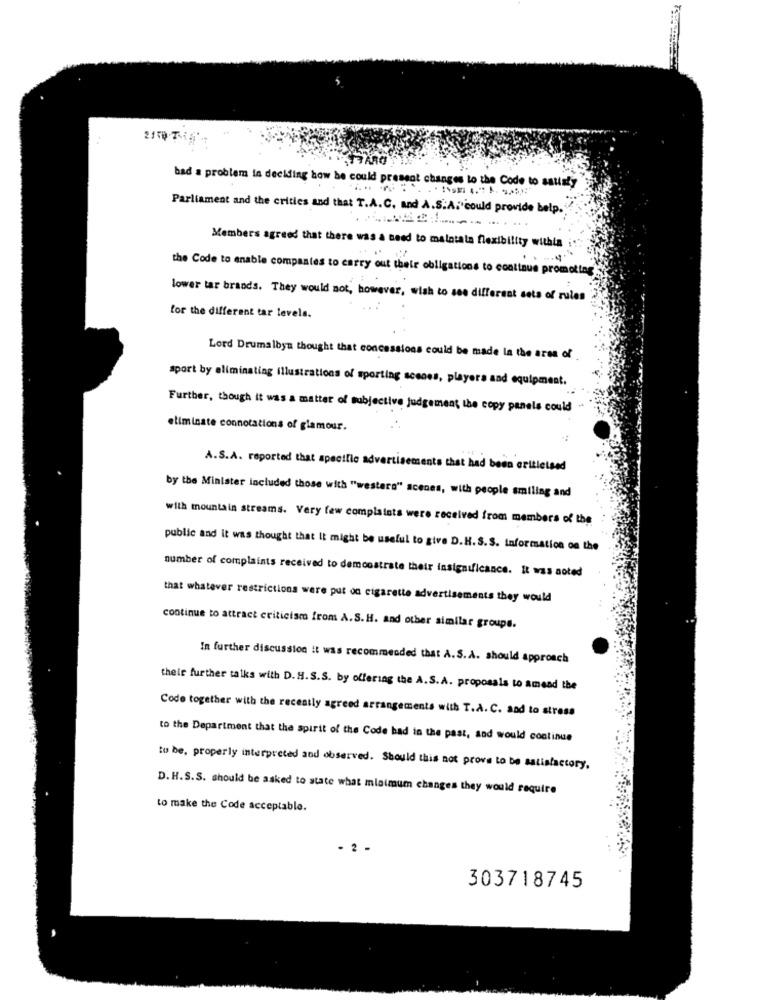
bad a problem in deciding how he could present changes to the Code to satisfy
Parliament and the critics and that T.A. C. and A.S.A. could provide belp.
Members agreed that there was a need to maintala flexibility within
-4.
the Code to enable companies to carry out their obligations to continue promoting
lower tar brands. They would not, however, wish to see different sets of rules
for the different tar levels.
Lord Drumalbya thought that concessions could be made la the area of
sport by eliminating illustrations of sporting scenes, players and equipment.
Further, though it was a matter of subjective judgement the copy panels could
eliminate connotations of glamour.
A.S.A. reported that specific advertisements that had been eritletsed
by the Minister included those with "western" scenes, with people smiling and
with mountain streams. Very few complaints were received from members of the
public and it was thought that It might be useful to give D.H.S.S. Information on the
number of complaints received to demonstrate their insignificance. It was noted
that whatever restrictions were put on cigarette advertisements they would
continue to attract criticism from A.S.H. and other similar groups.
In further discussion it was recommended that A.S. A. should approach
their further talks with D. H. S.S. by offering the A.S. A. proposals to amend the
Code together with the recently agreed arrangements with T.A. C. and to stress
to the Department that the spirit of the Code had in the past, and would continue
to be, properly interpreted and observed. Should this not prove to be satisfactory.
D. H.S.S. should be asked to state what minimum changes they would require
to make the Code acceptable.
2 .
303718745